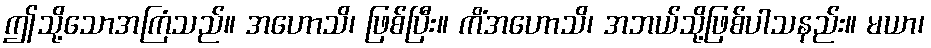
ဤသို့သောအကြံသည်။ အဟောသိ၊ ဖြစ်ပြီး။ ကိံအဟောသိ၊ အဘယ်သို့ဖြစ်ပါသနည်း။ မယာ၊